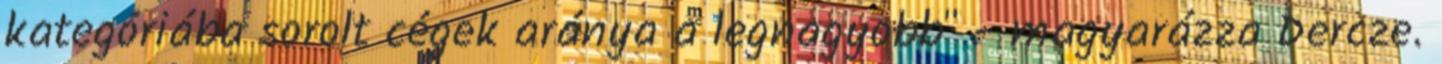
kategóriába sorolt cégek aránya a legnagyobb" - magyarázza Dercze.